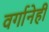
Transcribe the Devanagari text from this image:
वर्गानेही